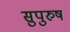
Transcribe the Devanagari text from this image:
सुपुरुष